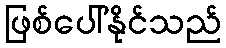
ဖြစ်ပေါ်နိုင်သည်